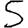
Digit: 5